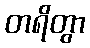
တရိတွာ